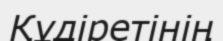
Құдіретінің